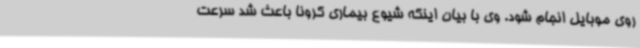
روی موبایل انجام شود. وی با بیان اینکه شیوع بیماری کرونا باعث شد سرعت